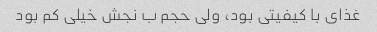
غذای با کیفیتی بود، ولی حجم ب نجش خیلی کم بود